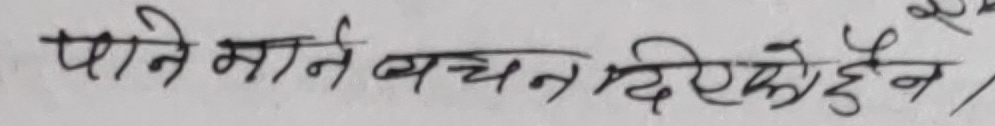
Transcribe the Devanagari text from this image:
पानी माने वचन दिएको छैन